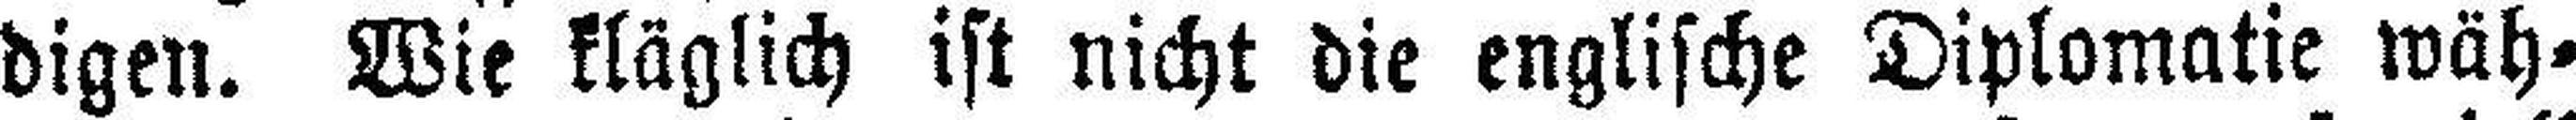
digen. Wie kläglich ist nicht die englische Diplomatie wäh¬